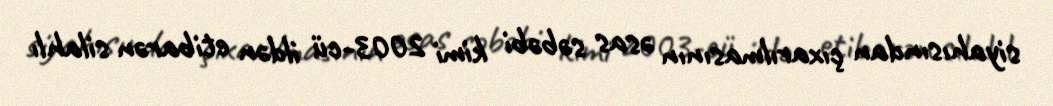
siyahısından çıxarılmasının əsas səbəbi kimi 2003-cü ildən etibarən silahlı